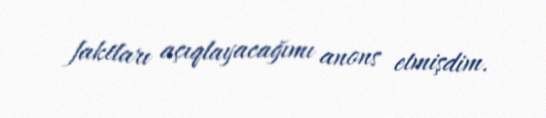
faktları açıqlayacağımı anons etmişdim.